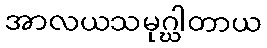
အာလယသမုဂ္ဃါတာယ